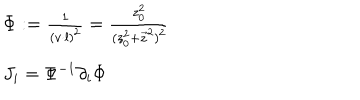
\begin{array} { l } { { \Phi : = { \frac { 1 } { ( v \cdot l ) ^ { 2 } } } = { \frac { z _ { 0 } ^ { 2 } } { ( z _ { 0 } ^ { 2 } + \vec { z } ^ { 2 } ) ^ { 2 } } } } } \\ { { J _ { i } = \Phi ^ { - 1 } \partial _ { i } \Phi } } \\ \end{array}